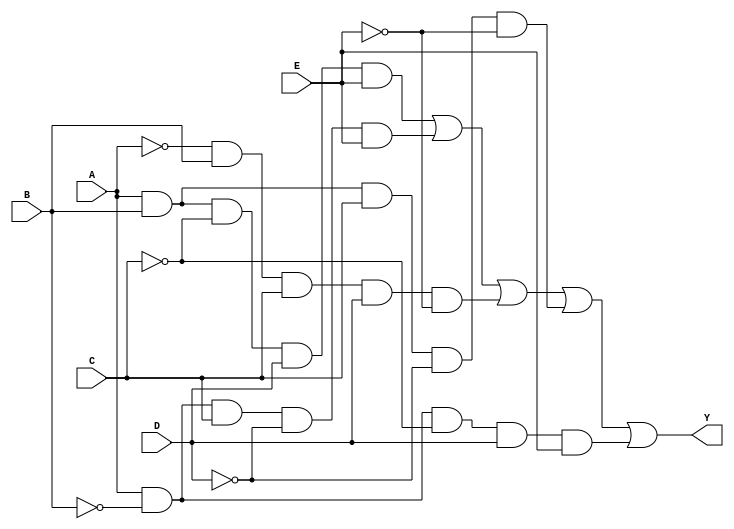
module five_variable_kmap (
    input wire A, // First variable
    input wire B, // Second variable
    input wire C, // Third variable
    input wire D, // Fourth variable
    input wire E, // Fifth variable
    output wire Y // Output of the combinational logic block
);

// Define the output logic expression based on the K-map simplification
// Replace the following expression with the actual simplified SOP or POS expression.
assign Y = (A & B & ~C & D & E) | // Example minterm 1
           (A & ~B & C & ~D & E) | // Example minterm 2
           (~A & B & C & D & ~E) | // Example minterm 3
           (A & B & C & ~D & ~E) | // Example minterm 4
           (A & ~B & ~C & D & E);  // Example minterm 5
           // Add more terms as per your K-map simplification

endmodule